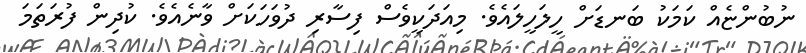
ނުބުންޏެއް ކަމަކު ބަނޑަށް ހީލަހީލައެވެ. މިއަދަކީވެސް ފިސާރި ދުވަހަކަށް ވާނެއެވެ. ކުދިން ފުރަތަމަ